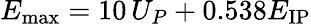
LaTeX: E_{\mathrm{max}}=10\, U_{P}+0.538E_{\mathrm{IP}}